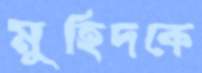
মুহিদকে